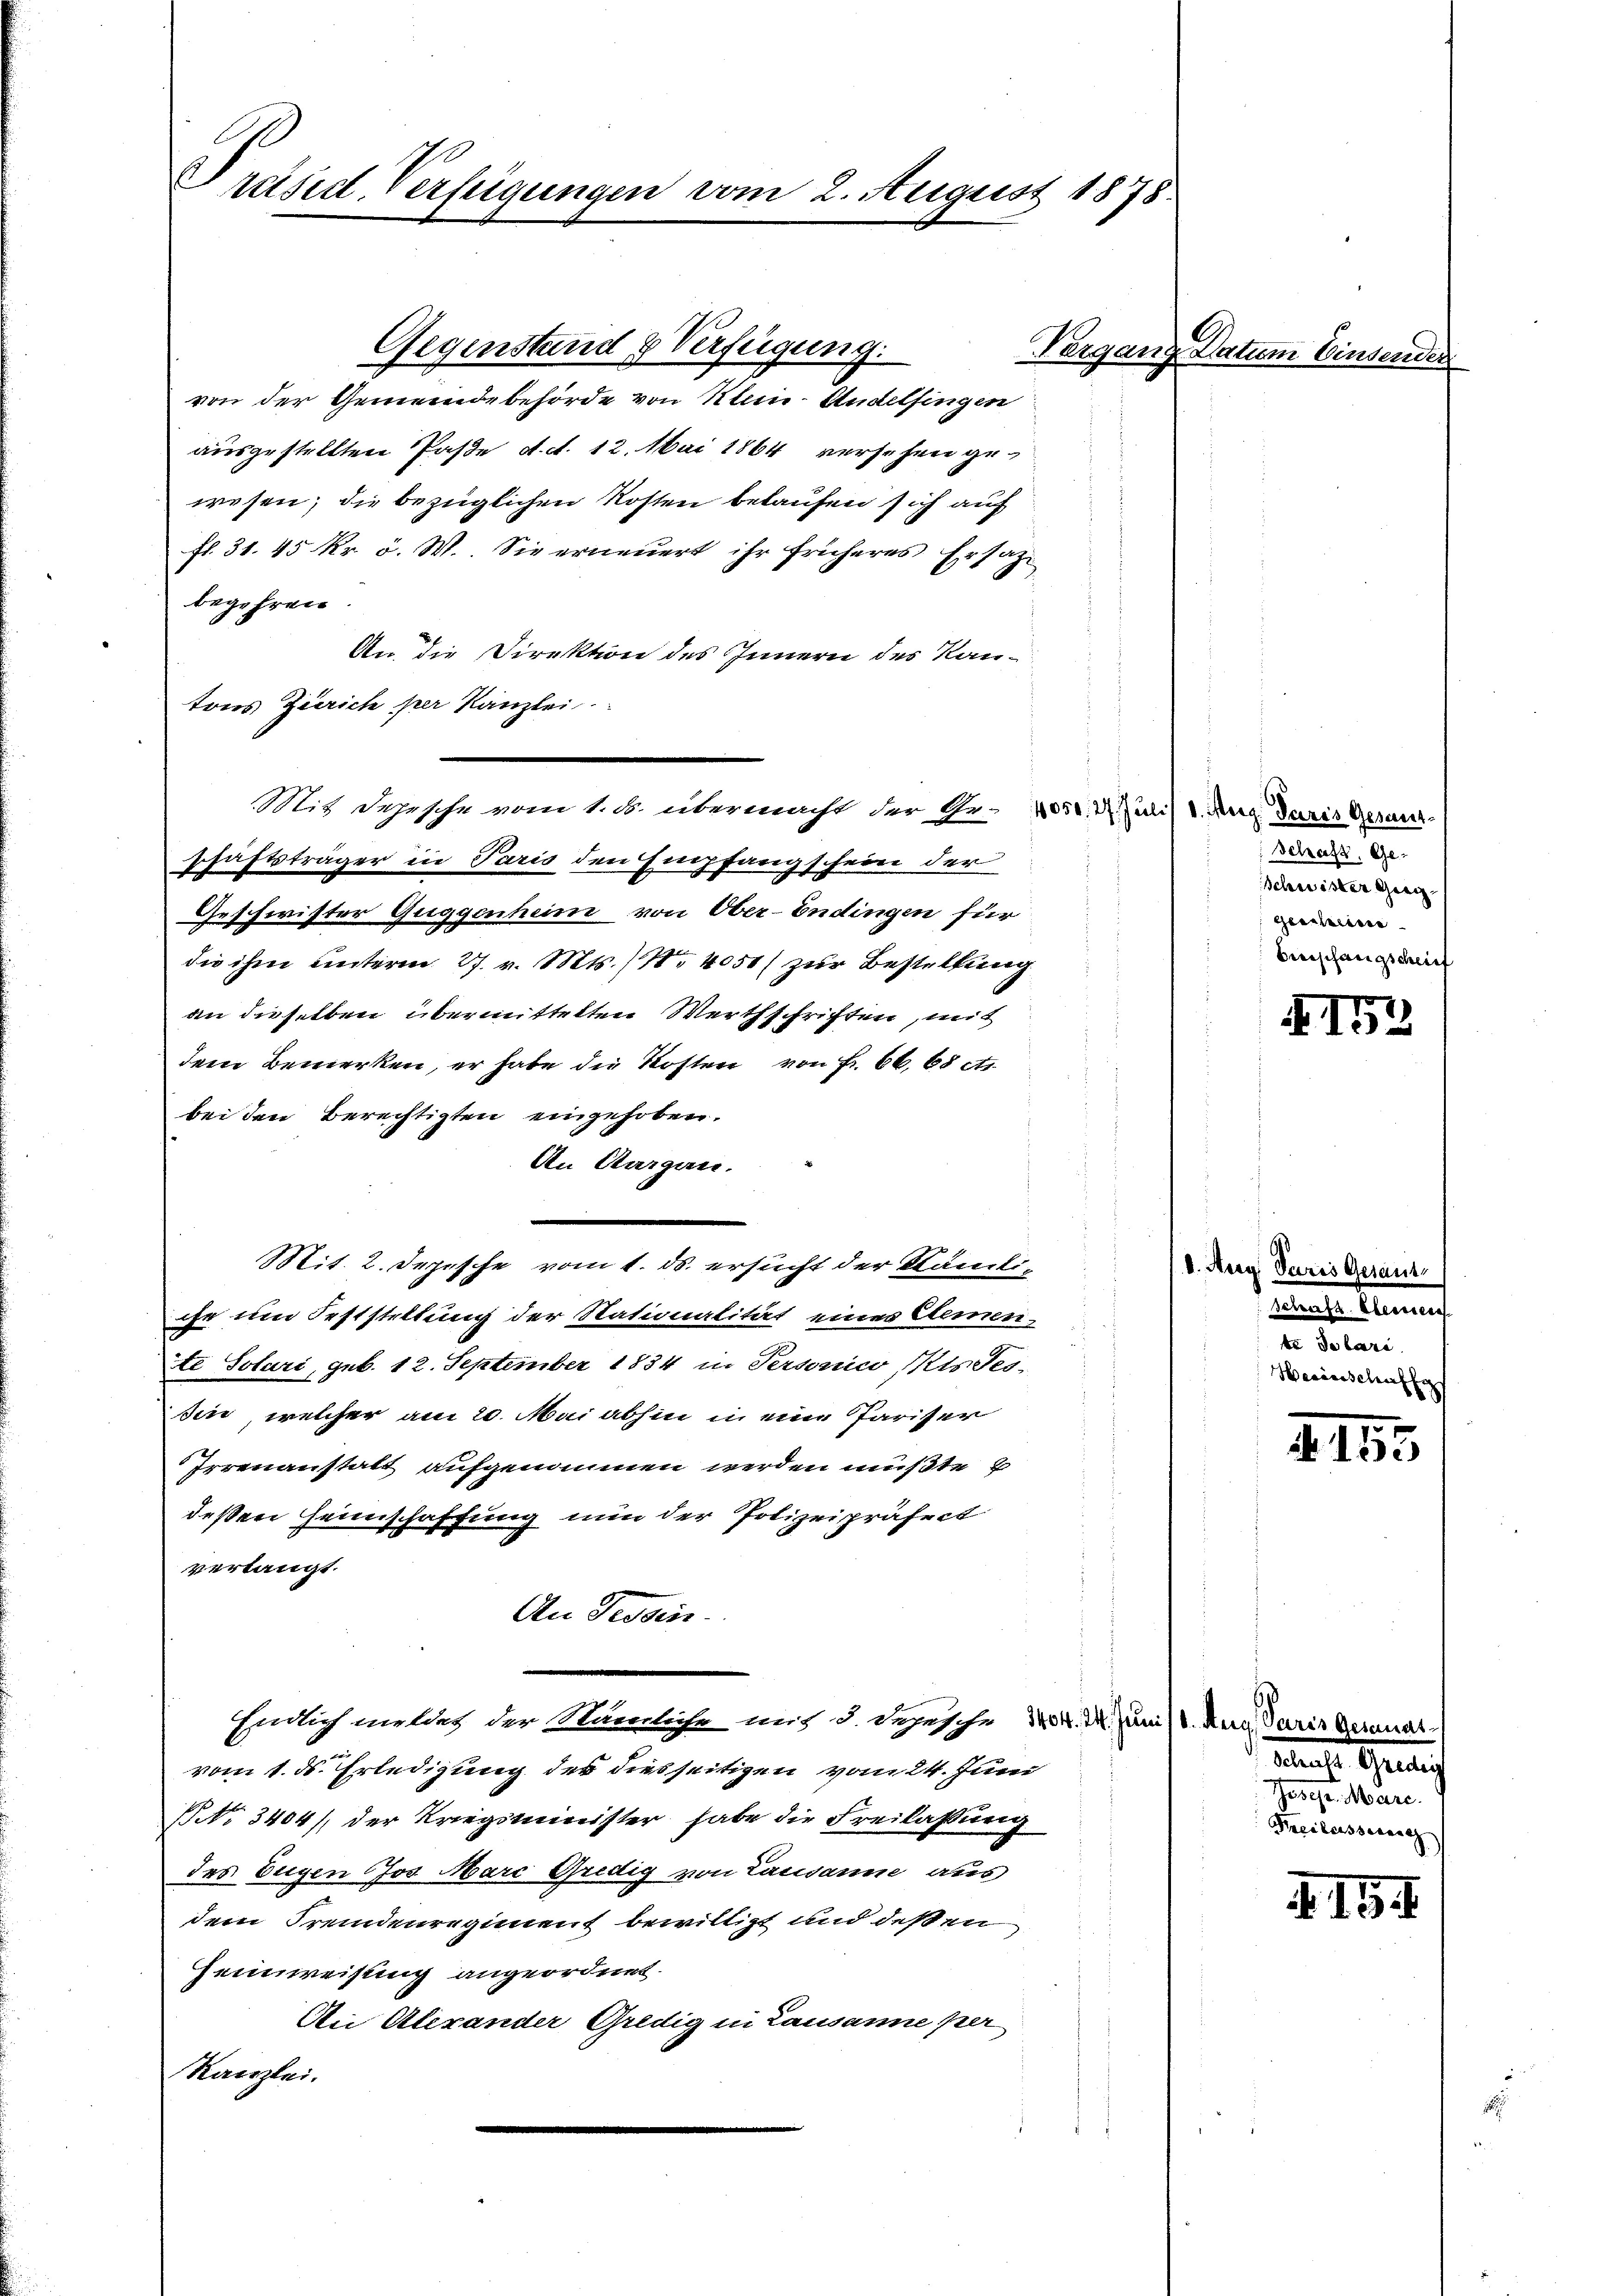
Präsid. Verfügungen vom 2. August 1875

Gegenstand & Verfügung:
von der Gemeindebehörde von Klein-Andelfingen
ausgestellten Paße d. d. 12. Mai 1864 versehen gewesen; die bezüglichen Kosten belaufen sich auf
fl. 31. 45 kr. d. W.. Sie erneŭert ihr früheres Ersatz-
begehren.
An die Direktion des Innern des Kantons Zürich per Kanzlei
Mit Depesche vom 1. ds. übermacht der Ge- 1051. 2. Juli/1. Aug. daris Gesanschaftsträger in Paris den Empfangschein der
Geschwister Guggenheim, von Ober-Endingen für
die ihm unterm 27. v. Mts. (N. 4051) zur Bestellung
an dieselben übermittelten Werthschriften, mit
dem Bemerken, er habe die Kosten von Fr. 66. 68 et
bei den Berechtigten eingehoben.
An Aargau.
Mit. 2. Depesche vom 1. ds. ersucht der Nämliihr um Feststellung der Nationalität eines Elemente Solari, geb. 12. September 1834 in Personico Kisses-
sin, welcher am 20. Mai abhin in eine Pariser
Irrenanstatt aufgenommen werden müßte u
deßen Heimschaffung nun der Polizeipräfect
verlangt.
An Tessin.
Endlich mitter der Nämliche mit d. dezische 3404. 24. Juni 18. Aug. Paris Geranat
vom 1. ds. Erledigung der diesseitigen vom 24. Juni
NNo. 3404), der Kriegsminister habe die Freilassung
des Eugen Jos. Marc Gredig von Lausanne aus
dem Fremdenregiment bewilligt und deßen
Heimweisung angeordnet.
An Alexander Gredig in Lausanne per
Karzlei.

Vergang Datum Einsender

Schaft. Ge-
Schwister Greigescheine
Breisfangschrief

d. Aug
.

mache Gerich
Josepr. Marc.
Peilassung

152

Schaft. Eberner
te Solari
Weinschaffe

2

e

215

415.

1